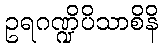
ဥရဂဏ္ဍိပိသာစိနိ